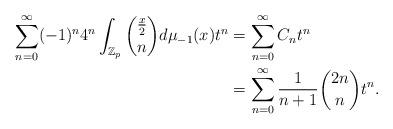
LaTeX: \begin{align*}\sum_{n=0}^\infty (-1)^n 4^n \int_{\mathbb{Z}_p} {\frac{x}{2} \choose n} d\mu_{-1} (x)t^n &= \sum_{n=0}^\infty C_n t^n \\&= \sum_{n=0}^\infty \frac{1}{n+1} {2n \choose n} t^n.\end{align*}